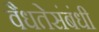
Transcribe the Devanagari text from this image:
वैधतेसंबंधी